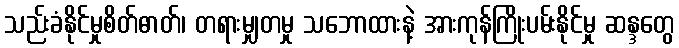
သည်းခံနိုင်မှုစိတ်ဓာတ်၊ တရားမျှတမှု သဘောထားနဲ့ အားကုန်ကြိုးပမ်းနိုင်မှု ဆန္ဒတွေ